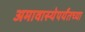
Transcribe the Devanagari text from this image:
अमावास्येपर्यंतच्या